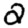
Digit: 2